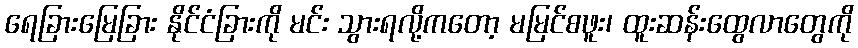
ရေခြားမြေခြား နိုင်ငံခြားကို မင်း သွားရလို့ကတော့ မမြင်စဖူး၊ ထူးဆန်းထွေလာတွေကို